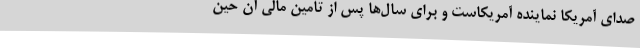
صدای آمریکا نماینده آمریکاست و برای سال‌ها پس از تامین مالی آن حین